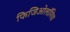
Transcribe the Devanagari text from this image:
फिजिओलॉगिया